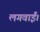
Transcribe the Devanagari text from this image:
लगवाईं।